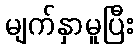
မျက်နှာမူပြီး